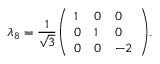
\lambda _ { 8 } = { \frac { 1 } { \sqrt { 3 } } } { \left( \begin{array} { l l l } { 1 } & { 0 } & { 0 } \\ { 0 } & { 1 } & { 0 } \\ { 0 } & { 0 } & { - 2 } \end{array} \right) } .